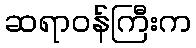
ဆရာဝန်ကြီးက